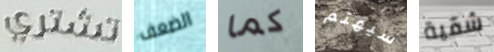
تشتري الضعف كما سيهتم شقية